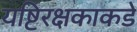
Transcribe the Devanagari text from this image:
यष्टिरक्षकाकडे